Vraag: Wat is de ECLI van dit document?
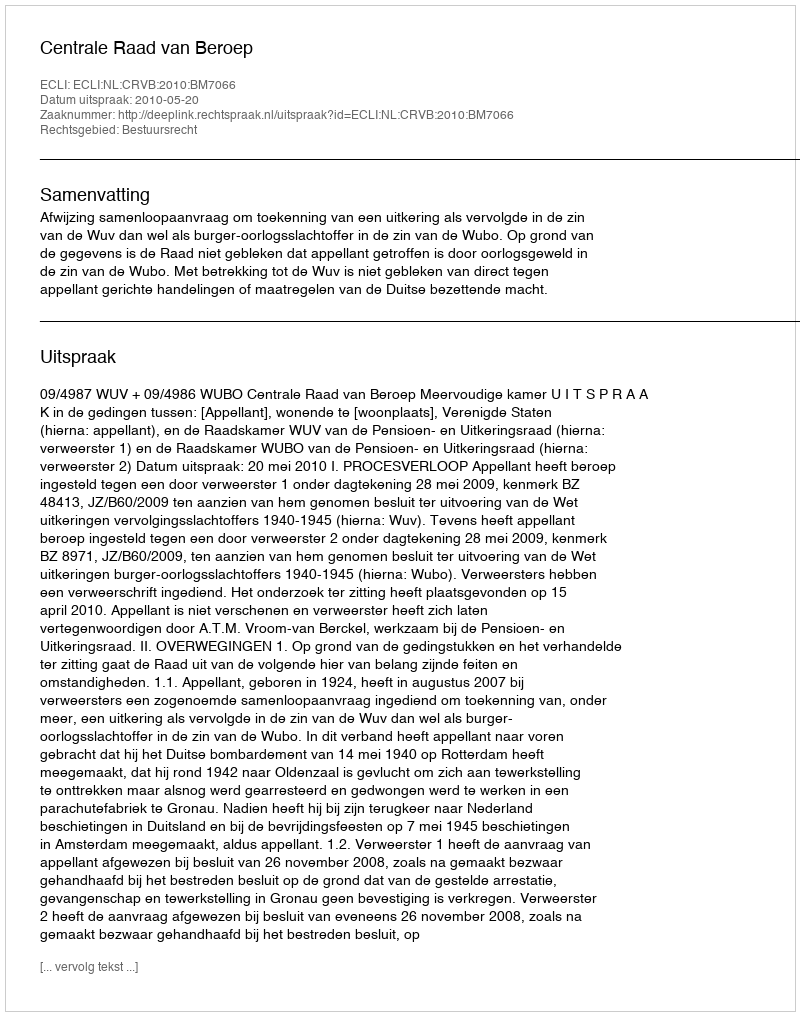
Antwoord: ECLI:NL:CRVB:2010:BM7066